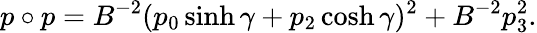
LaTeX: p\circ p=B^{-2}(p_{0}\sinh\gamma+p_{2}\cosh\gamma)^{2}+B^{-2}p_{3}^{2}.